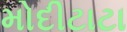
મોદીટાટા